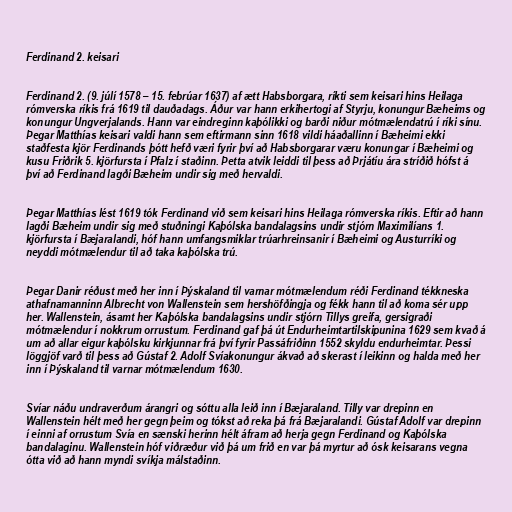
Ferdinand 2. keisari

Ferdinand 2. (9. júlí 1578 – 15. febrúar 1637) af ætt Habsborgara, ríkti sem keisari hins Heilaga
rómverska ríkis frá 1619 til dauðadags. Áður var hann erkihertogi af Styrju, konungur Bæheims og
konungur Ungverjalands. Hann var eindreginn kaþólikki og barði niður mótmælendatrú í ríki sínu.
Þegar Matthías keisari valdi hann sem eftirmann sinn 1618 vildi háaðallinn í Bæheimi ekki
staðfesta kjör Ferdinands þótt hefð væri fyrir því að Habsborgarar væru konungar í Bæheimi og
kusu Friðrik 5. kjörfursta í Pfalz í staðinn. Þetta atvik leiddi til þess að Þrjátíu ára stríðið hófst á
því að Ferdinand lagði Bæheim undir sig með hervaldi.

Þegar Matthías lést 1619 tók Ferdinand við sem keisari hins Heilaga rómverska ríkis. Eftir að hann
lagði Bæheim undir sig með stuðningi Kaþólska bandalagsins undir stjórn Maximilíans 1.
kjörfursta í Bæjaralandi, hóf hann umfangsmiklar trúarhreinsanir í Bæheimi og Austurríki og
neyddi mótmælendur til að taka kaþólska trú.

Þegar Danir réðust með her inn í Þýskaland til varnar mótmælendum réði Ferdinand tékkneska
athafnamanninn Albrecht von Wallenstein sem hershöfðingja og fékk hann til að koma sér upp
her. Wallenstein, ásamt her Kaþólska bandalagsins undir stjórn Tillys greifa, gersigraði
mótmælendur í nokkrum orrustum. Ferdinand gaf þá út Endurheimtartilskipunina 1629 sem kvað á
um að allar eigur kaþólsku kirkjunnar frá því fyrir Passáfriðinn 1552 skyldu endurheimtar. Þessi
löggjöf varð til þess að Gústaf 2. Adolf Svíakonungur ákvað að skerast í leikinn og halda með her
inn í Þýskaland til varnar mótmælendum 1630.

Svíar náðu undraverðum árangri og sóttu alla leið inn í Bæjaraland. Tilly var drepinn en
Wallenstein hélt með her gegn þeim og tókst að reka þá frá Bæjaralandi. Gústaf Adolf var drepinn
í einni af orrustum Svía en sænski herinn hélt áfram að herja gegn Ferdinand og Kaþólska
bandalaginu. Wallenstein hóf viðræður við þá um frið en var þá myrtur að ósk keisarans vegna
ótta við að hann myndi svíkja málstaðinn.